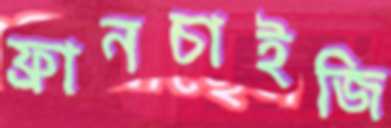
ফ্রানচাইজি